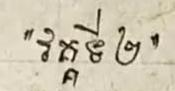
" វគ្គទី២ "